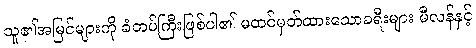
သူ၏အမြင်များကို ခံတပ်ကြီးဖြစ်ပါ၏ မထင်မှတ်ထားသောခရီးများ မီလန်နှင့်